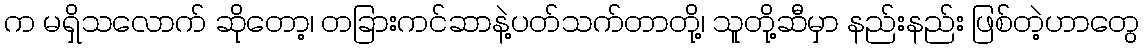
က မရှိသလောက် ဆိုတော့၊ တခြားကင်ဆာနဲ့ပတ်သက်တာတို့၊ သူတို့ဆီမှာ နည်းနည်း ဖြစ်တဲ့ဟာတွေ